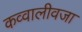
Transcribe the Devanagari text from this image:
कव्वालीवजा